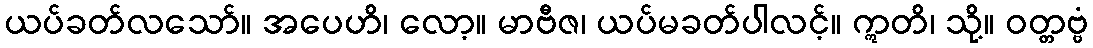
ယပ်ခတ်လသော်။ အပေဟိ၊ လော့။ မာဗီဇ၊ ယပ်မခတ်ပါလင့်။ ဣတိ၊ သို့။ ဝတ္တဗ္ဗံ